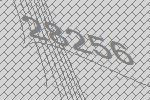
28256